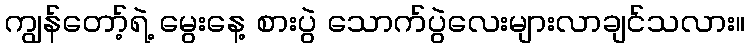
ကျွန်တော့်ရဲ့ မွေးနေ့ စားပွဲ သောက်ပွဲလေးများလာချင်သလား။